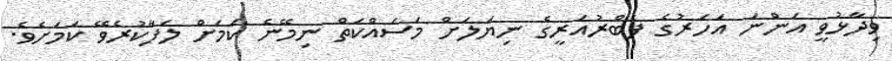
ވިދާޅުވީ އަންނަ އަހަރުގެ ފެބްރުއަރީގެ ނިޔަލަށް މަސައްކަތް ނިމޭނެ ކަމަށް ލަފާކުރެވޭ ކަމަށެވެ.